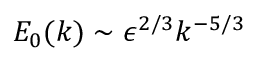
E _ { 0 } ( k ) \sim \epsilon ^ { 2 / 3 } k ^ { - 5 / 3 }